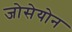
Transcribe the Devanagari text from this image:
जोसेयोन